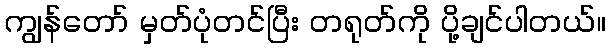
ကျွန်တော် မှတ်ပုံတင်ပြီး တရုတ်ကို ပို့ချင်ပါတယ်။